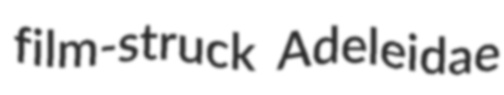
film-struck Adeleidae